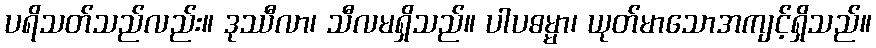
ပရိသတ်သည်လည်း။ ဒုဿီလာ၊ သီလမရှိသည်။ ပါပဓမ္မာ၊ ယုတ်မာသောအကျင့်ရှိသည်။